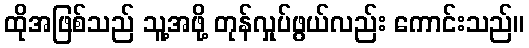
ထိုအဖြစ်သည် သူ့အဖို့ တုန်လှုပ်ဖွယ်လည်း ကောင်းသည်။